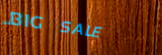
BIG SALE